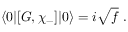
\langle 0 | [ G , \chi _ { - } ] | 0 \rangle = i \sqrt { f } ~ .